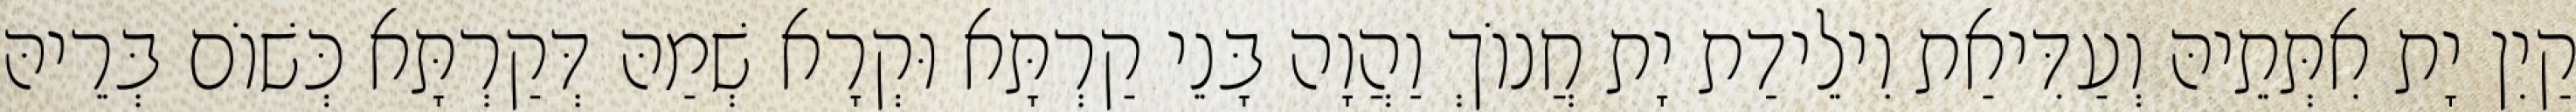
קַיִן יָת אִתְּתֵיהּ וְעַדִּיאַת וִילֵידַת יָת חֲנוֹךְ וַהֲוָה בָּנֵי קַרְתָּא וּקְרָא שְׁמַהּ דְּקַרְתָּא כְּשׁוֹם בְּרֵיהּ